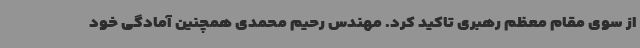
از سوی مقام معظم رهبری تاکید کرد. مهندس رحیم محمدی همچنین آمادگی خود